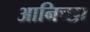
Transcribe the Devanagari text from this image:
आनिच्छा